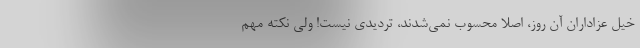
خیل عزاداران آن روز، اصلاً محسوب نمی‌شدند، تردیدی نیست! ولی نکته مهم